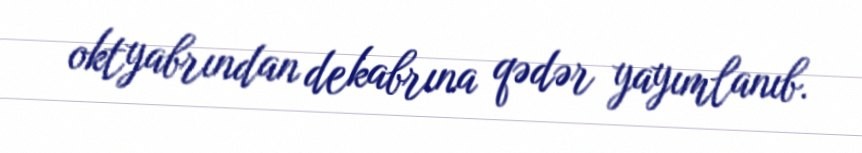
oktyabrından dekabrına qədər yayımlanıb.